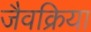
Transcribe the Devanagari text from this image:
जैवक्रिया